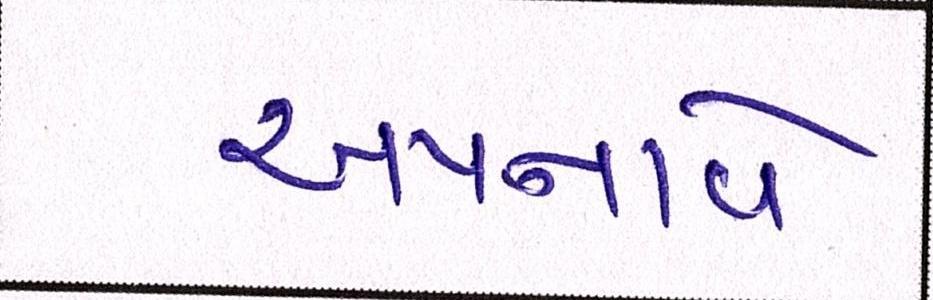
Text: અપનાવે